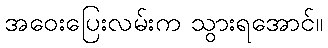
အဝေးပြေးလမ်းက သွားရအောင်။